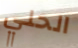
الحلي